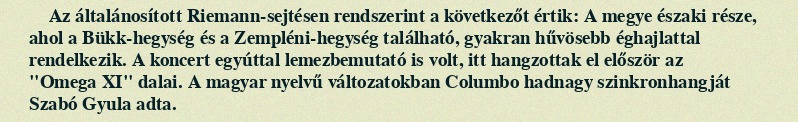
Az általánosított Riemann-sejtésen rendszerint a következőt értik: A megye északi része, ahol a Bükk-hegység és a Zempléni-hegység található, gyakran hűvösebb éghajlattal rendelkezik. A koncert egyúttal lemezbemutató is volt, itt hangzottak el először az "Omega XI" dalai. A magyar nyelvű változatokban Columbo hadnagy szinkronhangját Szabó Gyula adta.